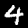
Digit: 4